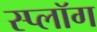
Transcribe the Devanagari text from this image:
स्प्लॉग